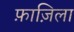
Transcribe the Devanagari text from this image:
फ़ाज़िला